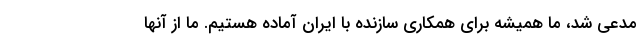
مدعی شد، ما همیشه برای همکاری سازنده با ایران آماده هستیم. ما از آنها